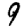
Digit: 9